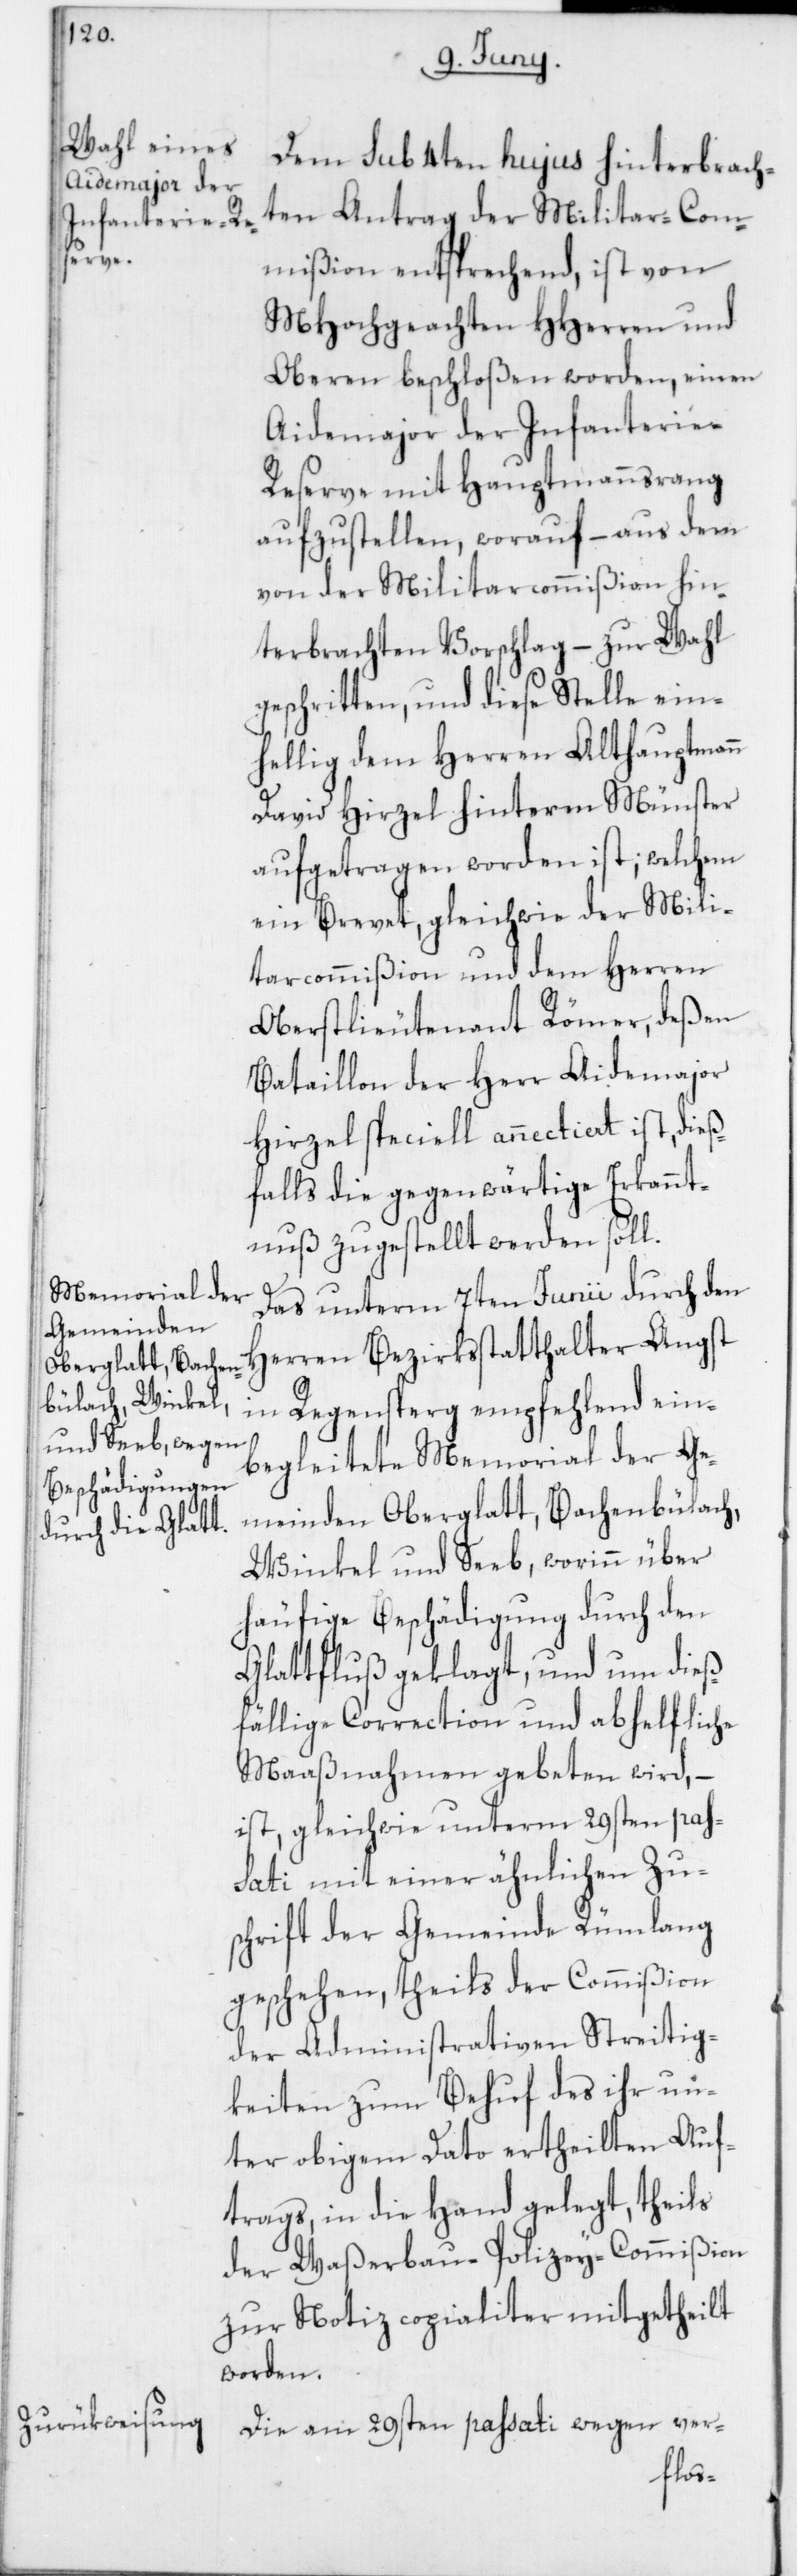
Aidemajor der
Infanterie-R¬

Dem sub 4ten hujus hinterbrach¬
ten Antrag der Militar-Com¬
mißion entsprechend, ist von
MHochgeachten HHerren und
Oberen beschloßen worden, einen
eserve mit Hauptmannsrang
aufzustellen, worauf – aus dem
von der Militarcommißion hin¬
terbrachten Vorschlag – zur Wahl
geschritten, und diese Stelle ein¬
hellig dem Herren Althauptmann
David Hirzel hinterm Münster
aufgetragen worden ist; welchem
ein Brevet, gleichwie der Mili¬
tarcommißion und dem Herren
Oberstlieutenant Römer, deßen
Bataillon der Herr Aidemajor
Hirzel speciell annectiert ist, dieß¬
falls die gegenwärtige Erkannt¬
nuß zugestellt werden soll.
Das unterm 7ten Junii durch den
Herren Bezirksstatthalter Angst
in Regensperg empfehlend ein¬
begleitete Memorial der Ge¬
meinden Oberglatt, Bachenbülach,
Winkel und Seeb, worinn über
häufige Beschädigung durch den
Glattfluß geklagt, und um dieß¬
fällige Correction und abhelfliche
Maaßnahmen gebeten wird, –
ist gleichwie unterm 29sten pas¬
sati mit einer ähnlichen Zu¬
schrift der Gemeinde Rümlang
geschehen, theils der Commißion
der Administrativen Streitig¬
keiten zum Behuf des ihr un¬
ter obigem Dato ertheilten Auf¬
trags, in die Hand gelegt, theils
der Waßerbau-Polizey-Commißion
zur Notiz copialiter mitgetheilt
worden.
Die am 29sten passati wegen ver-